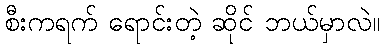
စီးကရက် ရောင်းတဲ့ ဆိုင် ဘယ်မှာလဲ။